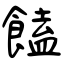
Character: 饁